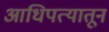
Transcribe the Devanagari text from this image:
आधिपत्यातून